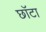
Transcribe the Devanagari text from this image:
छॉटा